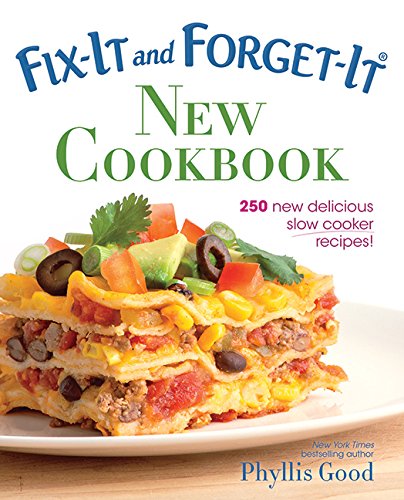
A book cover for Fix-It and Forget-It New Cookbook: 250 New Delicious Slow Cooker Recipes!; Phyllis Good; Cookbooks, Food & Wine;